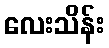
လေးသိန်း